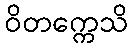
ဝိတက္ကေသိ